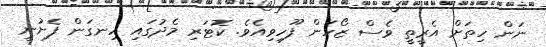
ނަން ހިތަށް އެރީތީ ވެސް ޒޯހަން ފޫހިވިއެވެ. ކޮޓަރި މެދުގައި ހިނގަން ފެށުނީ